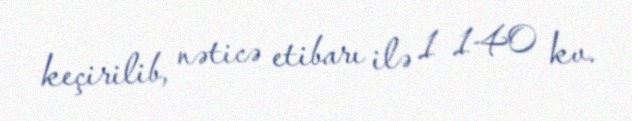
keçirilib, nəticə etibarı ilə 1 140 kv.